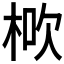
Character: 𣒱